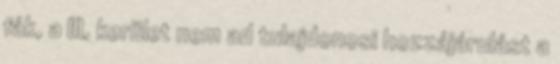
fák, a III. kerület nem ad tulajdonosi hozzájárulást a